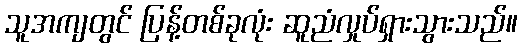
သူအကျတွင် ပြန့်တစ်ခုလုံး ဆူညံလှုပ်ရှားသွားသည်။